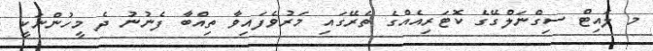
މ ލައިޓް ސިގްނަލްގޭގެ ކޮޓަރިއެއްގެ ތެރޭގައި މަރުވެފައިވާ ތިއްބާ ފެނުނު ދެ މީހުންނަކީ